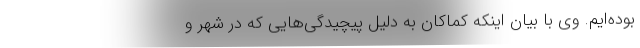
بوده‌ایم. وی با بیان اینکه کماکان به دلیل پیچیدگی‌هایی که در شهر و